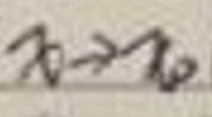
$n \to \infty$